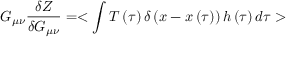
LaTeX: G _ { \mu \nu } { \frac { \delta Z } { \delta G _ { \mu \nu } } } = < \int { T \left( \tau \right) \delta \left( x - x \left( \tau \right) \right) h \left( \tau \right) d \tau } >